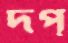
দপ্